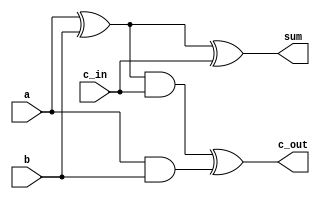
module adder(sum,c_out,a,b,c_in);
    input a,b,c_in;
    output sum,c_out;
//Wires
    wire s1,c1,s2;
//Gates instantiation
    xor(s1,a,b);
    and(c1,a,b);
    
    xor(sum,s1,c_in);
    
    and(s2,s1,c_in);
    xor(c_out,s2,c1);

endmodule